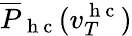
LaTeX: \overline{{P}}_{\mathrm{~h~c~}}(v_{T}^{\mathrm{~h~c~}})